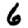
Digit: 6